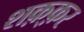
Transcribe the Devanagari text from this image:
शक़्क़र